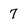
Character: 7